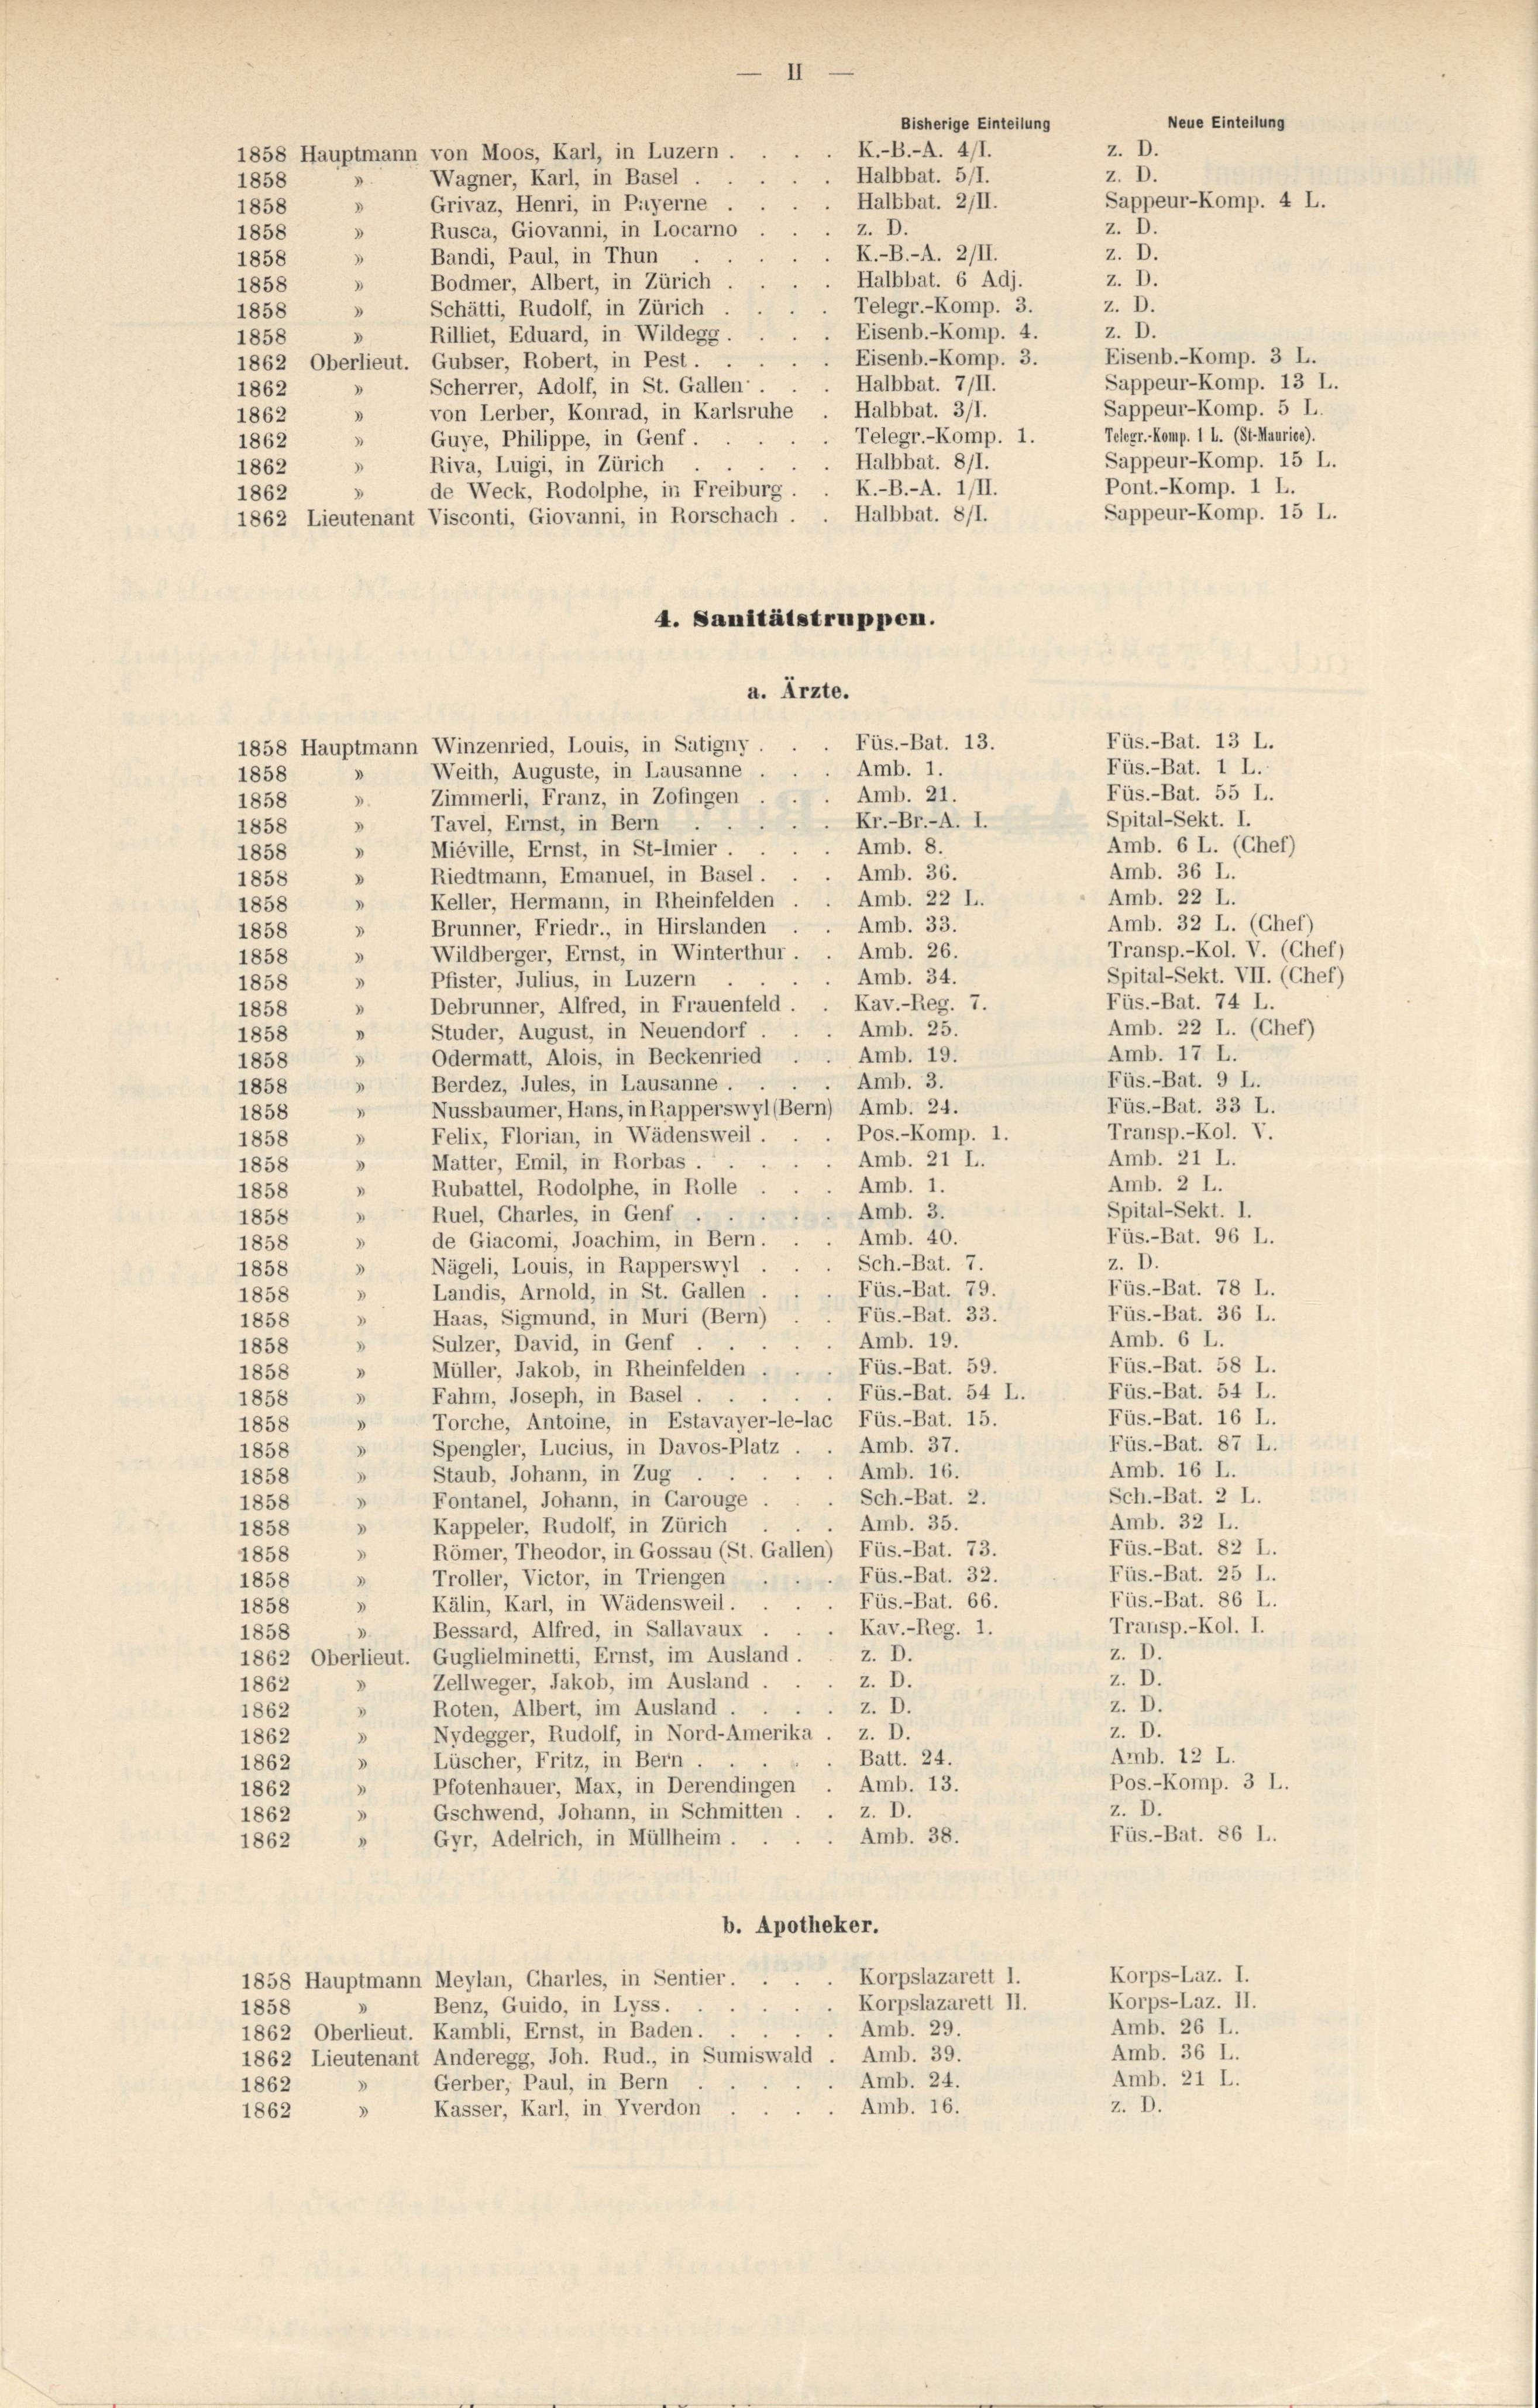
Bisherige Einteilung
K.-B.-A. 4/1.
Halbbat. 511.
Halbbat. 211.
z. D.
K.-B.-A. 2/II.
Halbbat. 6 Adj.
Telegr.-Komp. 3.
Eisenb.-Komp. 4.
Eisenb.-Komp. 3.
Halbbat. 7/II.
Halbbat. 311.
Telegr.-Komp. 1.
Halbbat. 811.

z. D.
z. D.
z. D.
z. D.
z. D.

z. D.
z. D.

1858 Hauptmann von Moos, Karl, in Luzern.
Wagner, Karl, in Basel.
1858
.
Grivaz, Henri, in Payerne
1858
Rusca, Giovanni, in Locarno
1858
3
Bandi, Paul, in Thun
1858
Bodmer, Albert, in Zürich
1858
3
Schätti, Rudolf, in Zürich
1858
)
D
Rilliet, Eduard, in Wildegg.
1858
1862 Oberlieut. Gubser, Robert, in Pest.
Scherrer, Adolf, in St. Gallen:
1862
von Lerber, Konrad, in Karlsruhe
3
1862
Guye, Philippe, in Genf.
1862
3
Riva, Luigi, in Zürich
d
1862
Pont.-Komp. 1 L.
K.-B.-A. 1/II.
de Weck, Rodolphe, in Freiburg.
1862
Sappeur-Komp. 15 L.
Halbbat. 811.
1862 Lieutenant Visconti, Giovanni, in Rorschach.
4. Sanitätstruppen.
a. Ärzte.
Füs.-Bat. 13.
1858 Hauptmann Winzenried, Louis, in Satigny
Amb. 1.
» Weith, Auguste, in Lausanne
1858
Amb. 21.
Zimmerli, Franz, in Zofingen
1858
.
Spital-Sekt. I.
Kr.-Br.-A. I.
D
Tavel, Ernst, in Bern
1858
Amb. 6 L. (Cher)
Amb. 8.
Miéville, Ernst, in St-Imier.
)
1858
Amb. 36 L.
Amb. 36.
Riedtmann, Emanuel, in Basel.
D
1858
Amb. 22 L.
Amb. 22 L.
Keller, Hermann, in Rheinfelden
.
1858
Amb. 32 L. (Chef)
Amb. 33.
Brunner, Friedr., in Hirslanden
1858
Transp.-Kol. V. (Chef)
Amb. 26.
Wildberger, Ernst, in Winterthur.
1858
Spital-Sekt. VII. (Cher)
Amb. 34.
Pfister, Julius, in Luzern
3
1858
Füs.-Bat. 74 L.
Kav.-Reg. 7.
1
Debrunner, Alfred, in Frauenfeld.
1858
Amb. 22 L. (Chef)
Amb. 25.
Studer, August, in Neuendorf.
1858
Amb. 17 L.
Amb. 19.
Odermatt, Alois, in Beckenried
1858
Füs.-Bat. 9 L.
Amb. 3.
Berdez, Jules, in Lausanne . .
1858
Füs.-Bat. 33 L.
Nussbaumer, Hans, in Rapperswyl (Bern) Amb. 24.
1
1858
Transp.-Kol. V.
Pos.-Komp. 1.
Felix, Florian, in Wädensweil.
.
1858
Amb. 21 L.
Amb. 21 L.
Matter, Emil, in Rorbas .
.
5
1858
Amb. 2 L.
Amb. 1.
Rubattel, Rodolphe, in Rolle
1858
Spital-Sekt. I.
Amb. 3.
Ruel, Charles, in Genf . .
d
1858
Füs.-Bat. 96 L.
Amb. 40.
de Giacomi, Joachim, in Bern.
.
1858
Sch.-Bat. 7.
z. D.
3
Nägeli, Louis, in Rapperswyl
1858
Füs.-Bat. 78 L.
Füs.-Bat. 79.
Landis, Arnold, in St. Gallen.
.
1858
Füs.-Bat. 36 L.
Füs.-Bat. 33.
Haas, Sigmund, in Muri (Bern)
1858
Amb. 6 L.
Amb. 19.
Sulzer, David, in Genf
1858
Füs.-Bat. 58 L.
Füs.-Bat. 59.
Müller, Jakob, in Rheinfelden.
1858
Füs.-Bat. 54 L.
Füs.-Bat. 54 L.
Fahm, Joseph, in Basel
3
1858
Füs.-Bat. 16 L.
Torche, Antoine, in Estavayer-le-lac Füs.-Bat. 15.
1858
Füs.-Bat. 87 L.
Amb. 37.
Spengler, Lucius, in Davos-Platz
d
1858
Amb. 16 L.
Amb. 16.
d
Staub, Johann, in Zug
1858
Sch.-Bat. 2 L.
Sch.-Bat. 2.
Fontanel, Johann, in Carouge.
d
1858
Amb. 32 L.
Amb. 35.
Kappeler, Rudolf, in Zürich
3
1858
Füs.-Bat. 82 L.
Römer, Theodor, in Gossau (St. Gallen) Füs.-Bat. 73.
d
1858
Füs.-Bat. 25 l.
Füs.-Bat. 32.
Troller, Victor, in Triengen .
3
1858
Füs.-Bat. 86 L.
Füs.-Bat. 66.
Kälin, Karl, in Wädensweil.
1858
Transp.-Kol. I.
Kav.-Reg. 1.
Bessard, Alfred, in Sallavaux . .
.
1858
z. D
z. D.
1862 Oberlieut. Guglielminetti, Ernst, im Ausland.
Z. D.
z. D.
Zellweger, Jakob, im Ausland . .
1862
3
z. D.
Roten, Albert, im Ausland . . . . z. D.
1862
z. D.
Nydegger, Rudolf, in Nord-Amerika . z. D.
3
1862
Amb. 12 L.
Batt. 24.
Lüscher, Fritz, in Bern
3
1862
Pos.-Komp. 3 L.
3
Amb. 13.
Pfotenhauer, Max, in Derendingen
1862
z. D.
Gschwend, Johann, in Schmitten
z. D.
)
1862
Füs.-Bat. 86 L.
Amb. 38.
Gyr, Adelrich, in Müllheim.
1862
b. Apotheker.
Korps-Laz. I.
Korpslazarett 1.
1858 Hauptmann Meylan, Charles, in Sentier.
Korps-Laz. II.
Korpslazarett II.
Benz, Guido, in Lyss.
1858
Amb. 26 L.
Amb. 29.
1862 Oberlieut. Kambli, Ernst, in Baden.
Amb. 36 L.
1862 Lieutenant Anderegg, Joh. Rud., in Sumiswald . Amb. 39.
Amb. 21 L.
Amb. 24.
Gerber, Paul, in Bern
1862
z. D.
Amb. 16.
Kasser, Karl, in Yverdon
3
1862

Eisenb.-Komp. 3 L.
Sappeur-Komp. 13 L.
Sappeur-Komp. 5 L.
Telegr. Komp. 1 l. (St. Maurice).
Sappeur-Komp. 15 L.

Sappeur-Komp. 4 L.

Neue Einteilung

Füs.-Bat. 13 L.
Füs.-Bat. 1 L.
Füs.-Bat. 55 L.